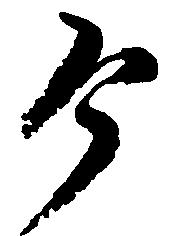
ヶ